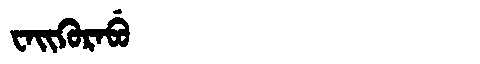
Manchu: ᠸᠠᡳᡴᡠᡵᠠᠪᡠ
Romanization: WAIKURABU